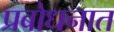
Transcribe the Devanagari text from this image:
प्रबोधनात